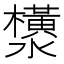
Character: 𬉟